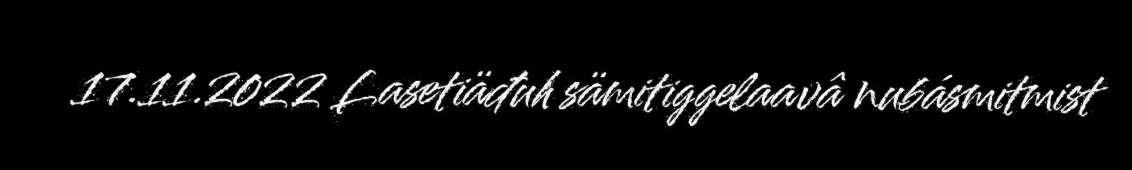
17.11.2022 Lasetiäđuh sämitiggelaavâ nubásmitmist